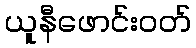
ယူနီဖောင်းဝတ်